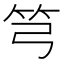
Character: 𥫤